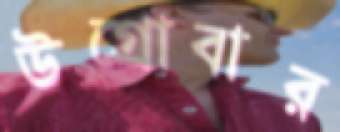
উগ্‌রোবার